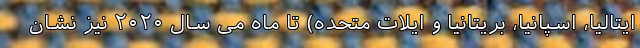
ایتالیا، اسپانیا، بریتانیا و ایلات متحده) تا ماه می سال ۲۰۲۰ نیز نشان